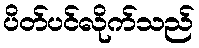
ပိတ်ပင်လိုက်သည်